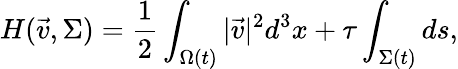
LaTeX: H(\vec{v},\Sigma)=\frac{1}{2}\int_{\Omega(t)}|\vec{v}|^{2}d^{3}x+\tau\int_{\Sigma(t)}ds,